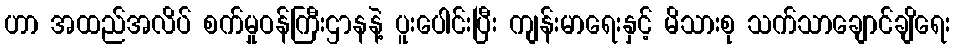
ဟာ အထည်အလိပ် စက်မှုဝန်ကြီးဌာနနဲ့ ပူးပေါင်းပြီး ကျန်းမာရေးနှင့် မိသားစု သက်သာချောင်ချိရေး